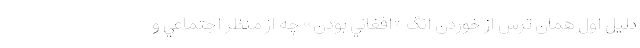
دليل اول همان ترس از خوردن انگ «افغاني بودن» چه از منظر اجتماعي و